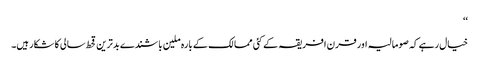
‘‘
خیال رہے کہ صومالیہ اور قرن افریقہ کے کئی ممالک کے بارہ ملین باشندے بدترین قحط سالی کا شکار ہیں۔